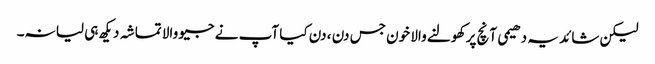
لیکن شائد یہ دھیمی آنچ پر کھولنے والا خون جس دن ، دن کیا آپ نے جیو والا تماشہ دیکھ ہی لیا نہ۔